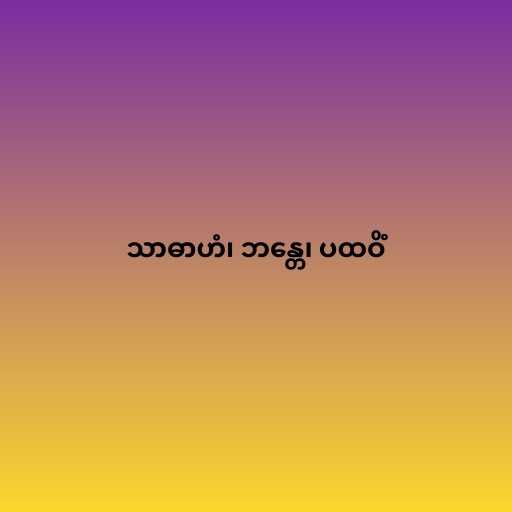
သာဓာဟံ၊ ဘန္တေ၊ ပထဝိံ